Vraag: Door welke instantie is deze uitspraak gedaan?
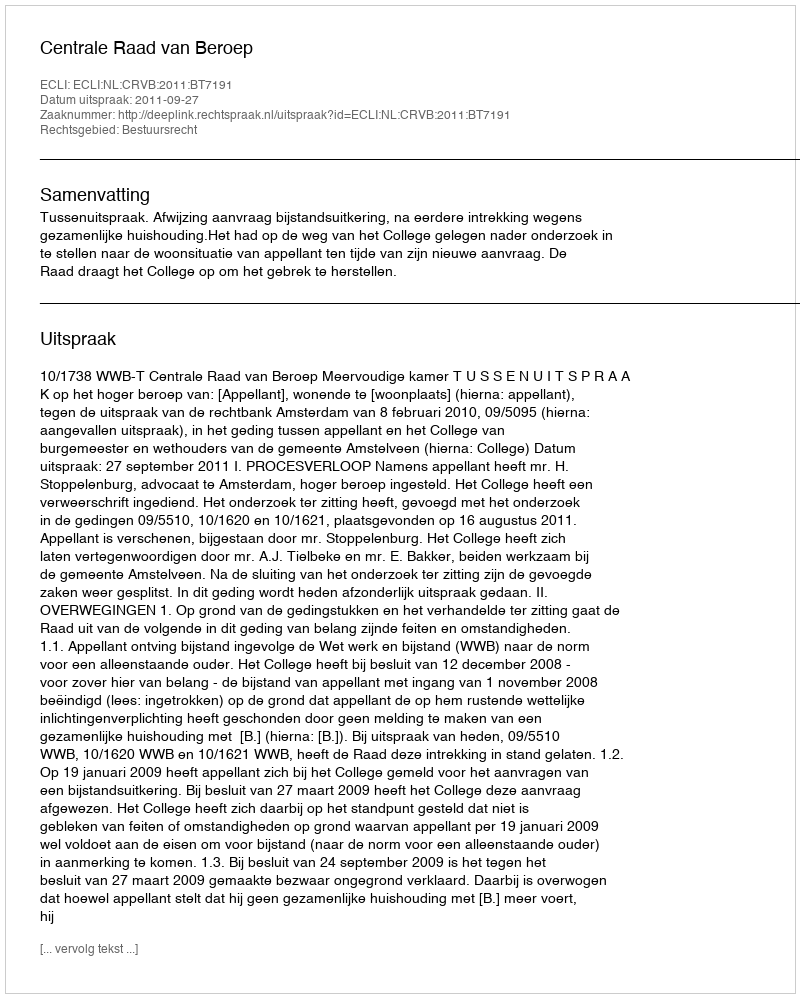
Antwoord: Centrale Raad van Beroep